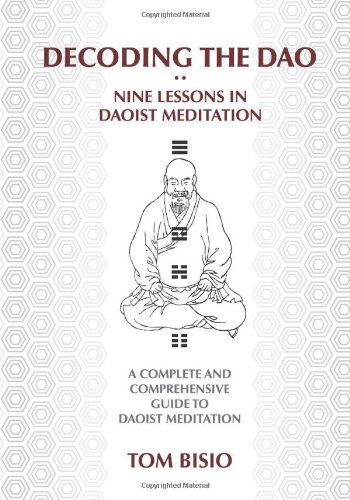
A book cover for Decoding the DAO: Nine Lessons in Daoist Meditation: A Complete and Comprehensive Guide to Daoist Meditation; Tom Bisio; Religion & Spirituality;